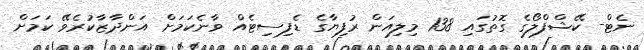
ނެޓް- ކޭޝްފްލޯގެ ގޮތުގައި 138 މިލިއަން ރުފިޔާގެ ޑެފިސިޓެއް ވާނެކަމަށް އަންދާޒާކުރެވޭ ކަމަށް